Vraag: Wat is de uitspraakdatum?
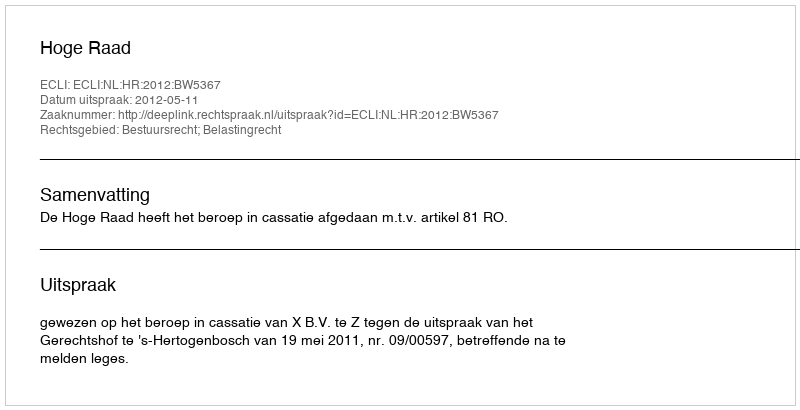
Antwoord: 2012-05-11